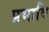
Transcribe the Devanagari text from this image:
प्रभावि